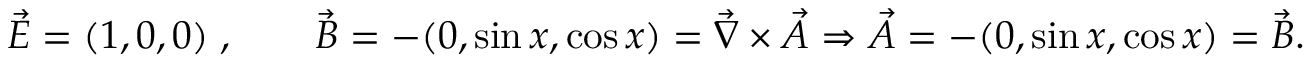
\vec { E } = ( 1 , 0 , 0 ) \; , \qquad \vec { B } = - ( 0 , \sin x , \cos x ) = \vec { \nabla } \times \vec { A } \Rightarrow \vec { A } = - ( 0 , \sin x , \cos x ) = \vec { B } .